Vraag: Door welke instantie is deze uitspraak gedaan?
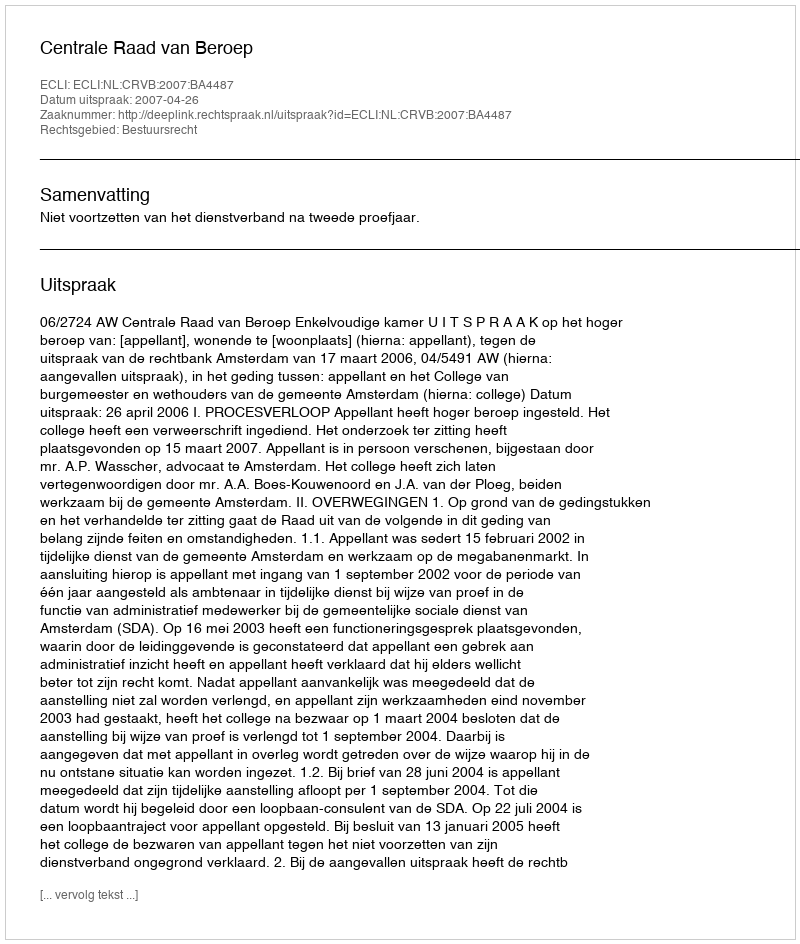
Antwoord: Centrale Raad van Beroep